Civil Veterinary Dept. Assam report 1927-50 - 1927-1950
Year: 1927
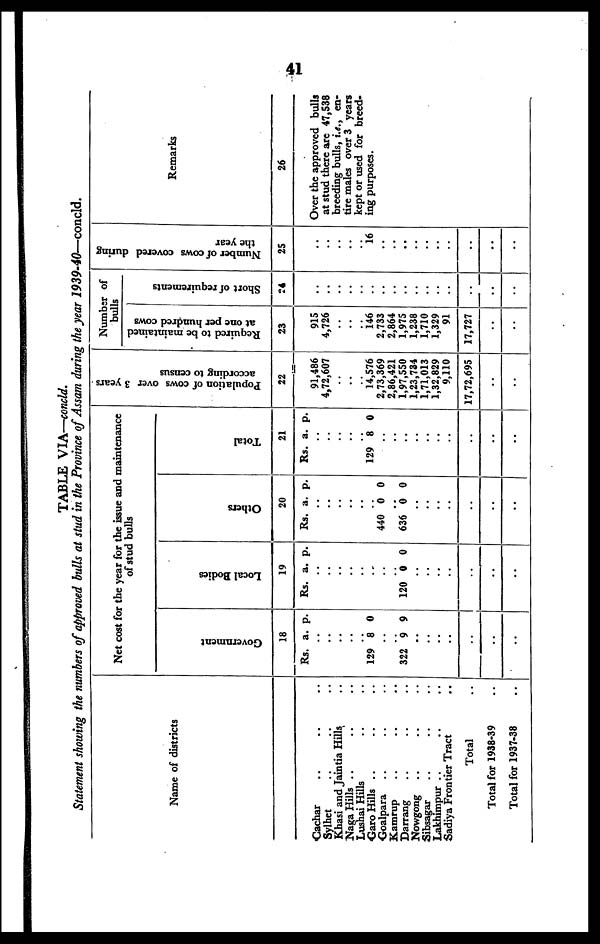
41
TABLE VIA—concld.
Statement showing the numbers of approved bulls at stud in the Province of Assam during the year 1939-40—concld.
Name of districts
Cachar .. .. ..
Sylhet .. .. ..
Khasi and Jaintia Hills ..
Naga Hills
..
..
..
Lushai Hills .. ..
Garo Hills .. .. ..
Goalpara .. .. ..
Kamrup .. .. ..
Darrang .. .. ..
Nowgong .. .. ..
Sibsagar .. .. ..
Lakhimpur .. .. ..
Sadiya Frontier Tract ..
Total ..
Total for 1938-39 ..
Total for 1937-38 ..
Net cost for the year for the issue and maintenance
of stud bulls
Government
18
Rs. a. p.
..
..
..
..
.. 129 8 0
..
..
322 9 9
..
..
..
..
..
..
..
Local Bodies
19
Rs. a. p.
..
..
..
..
..
..
..
..
120 0 0
..
..
..
..
..
..
..
Others
20
Rs. a. p.
..
..
..
..
..
..
440 0 0
..
636 0 0
..
..
..
..
..
..
..
Total
21
Rs. a. p.
..
..
..
..
.. 129 8 0
..
..
..
..
..
..
..
..
..
..
Population of cows over 3 years
according to census
22
91,486
4,72,607
..
..
.. 14,576
2,73,369
2,86,421
1,97,550
1,23,734
1,71,013
1,32,829
9,110
17,72,695
..
..
Number of
bulls
Required to be maintained
at one per hundred cows
23
915
4,726
..
..
.. 146
2,733
2,864
1,975
1,238
1,710
1,329
91
17,727
..
..
Short of requirements
24
..
..
..
..
..
..
..
..
..
..
..
..
..
..
..
..
Number of cows covered during
the year
25
..
..
..
..
..
16
..
..
..
..
..
..
..
..
..
..
Remarks
26
Over the approved bulls
at stud there are 47,538
breeding bulls, i.e., en-
tire males over 3 years
kept or used for breed-
ing purposes.